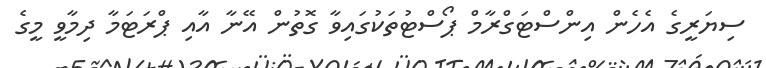
ސިޔަރީގެ އެހެން އިންސްޓަގްރާމް ޕޯސްޓުތަކުގައިވާ ގޮތުން އޭނާ އާއި ޕްރަޓަމާ ދިމާވީ މީގެ